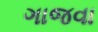
ગાજવા